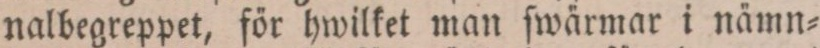
nalbegreppet, för hwilket man ſwärmar i nämn=